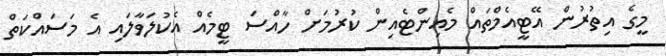
މީގެ އިތުރުން އޭޓީއެމްތައް މެއިންޓެއިން ކުރުމަށް ހާއްސަ ޓީމެއް އެކުލަވާލައި އެ މަަސައްކަތް